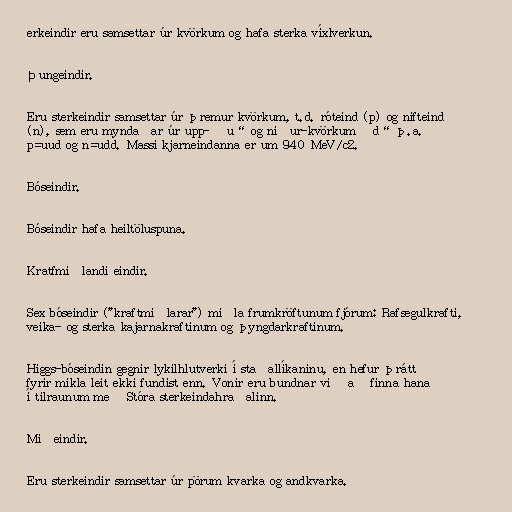
erkeindir eru samsettar úr kvörkum og hafa sterka víxlverkun.

Þungeindir.

Eru sterkeindir samsettar úr þremur kvörkum, t.d. róteind (p) og nifteind
(n), sem eru myndaðar úr upp- „u“ og niður-kvörkum „d“ þ.a.
p=uud og n=udd. Massi kjarneindanna er um 940 MeV/c2.

Bóseindir.

Bóseindir hafa heiltöluspuna.

Kratfmiðlandi eindir.

Sex bóseindir ("kraftmiðlarar") miðla frumkröftunum fjórum: Rafsegulkrafti,
veika- og sterka kajarnakraftinum og þyngdarkraftinum.

Higgs-bóseindin gegnir lykilhlutverki í staðallíkaninu, en hefur þrátt
fyrir mikla leit ekki fundist enn. Vonir eru bundnar við að finna hana
í tilraunum með Stóra sterkeindahraðalinn.

Miðeindir.

Eru sterkeindir samsettar úr pörum kvarka og andkvarka.